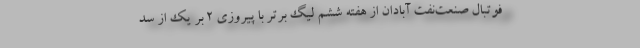
فوتبال صنعت‌نفت آبادان از هفته ششم لیگ برتر با پیروزی ۲ بر یک از سد